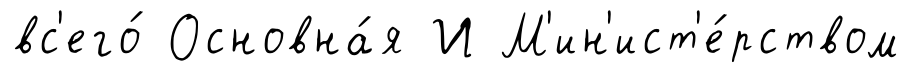
вс'его́ Основна́я И М'ин'ист'е́рством